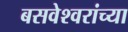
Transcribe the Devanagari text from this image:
बसवेश्वरांच्या